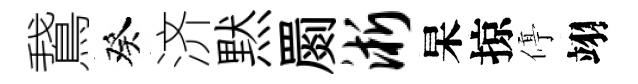
鵞癸济黙罽淅杲掠停翊